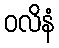
ဝလိနံ